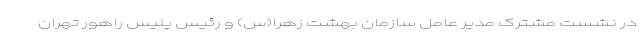
در نشست مشترک مدیر عامل سازمان بهشت زهرا(س) و رئیس پلیس راهور تهران